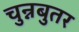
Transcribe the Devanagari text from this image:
चुन्नबुतर